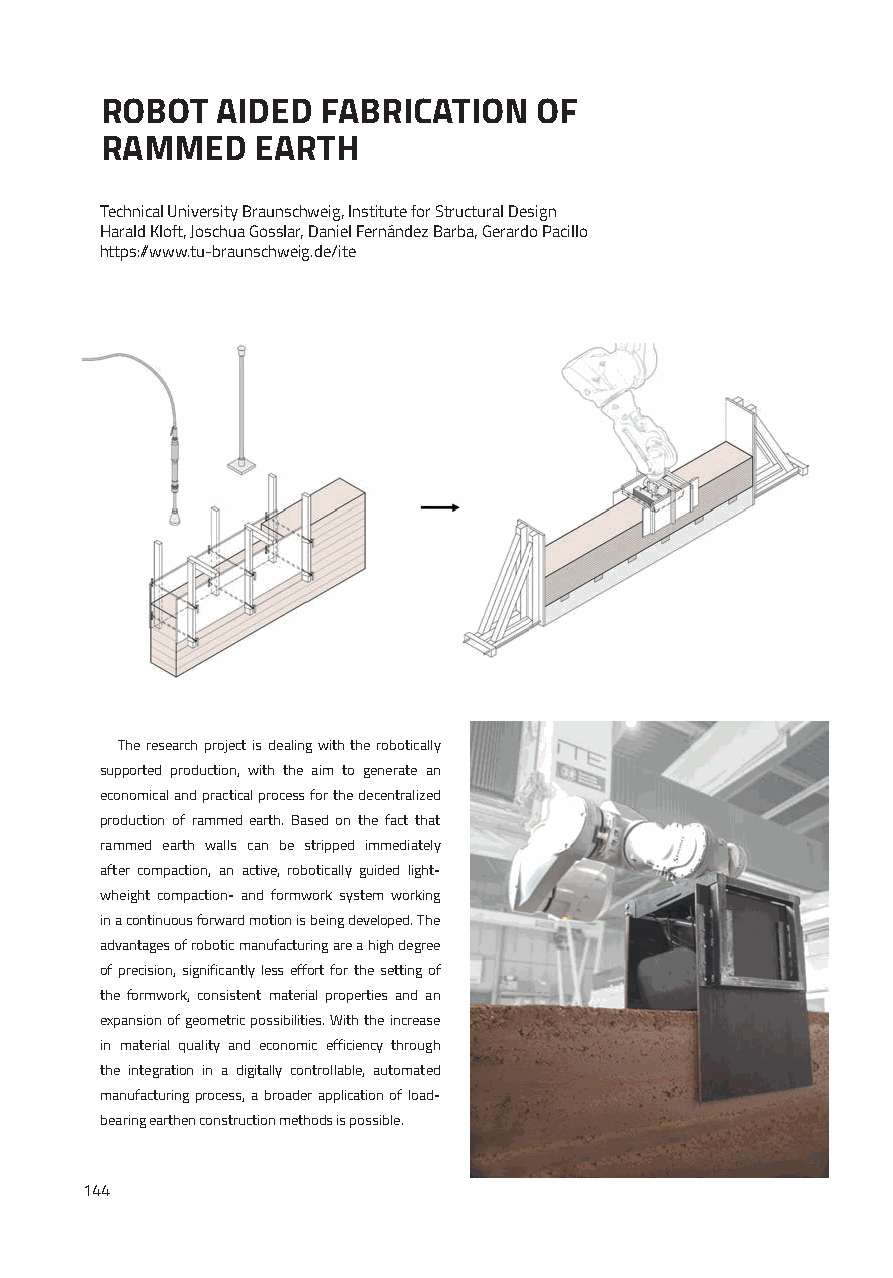
ROBOT  AIDED  FABRICATION   OF
 RAMMED    EARTH
 Technical University Braunschweig, Institute for Structural Design
 Harald Kloft, Joschua Gosslar, Daniel Fernández Barba, Gerardo Pacillo
 https://www.tu-braunschweig.de/ite
 The research project is dealing with the robotically
 supported production, with the aim to generate an
 economical and practical process for the decentralized
 production of rammed earth. Based on the fact that
 rammed earth walls can be stripped immediately
 after compaction, an active, robotically guided light-
 wheight compaction- and formwork system working
 in a continuous forward motion is being developed. The
 advantages of robotic manufacturing are a high degree
 of precision, significantly less effort for the setting of
 the formwork, consistent material properties and an
 expansion of geometric possibilities. With the increase
 in material quality and economic efficiency through
 the integration in a digitally controllable, automated
 manufacturing process, a broader application of load-
 bearing earthen construction methods is possible.
 144